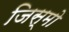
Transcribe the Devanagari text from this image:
जिस्मो